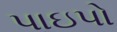
પાઇપો